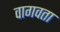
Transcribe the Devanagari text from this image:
वागवता